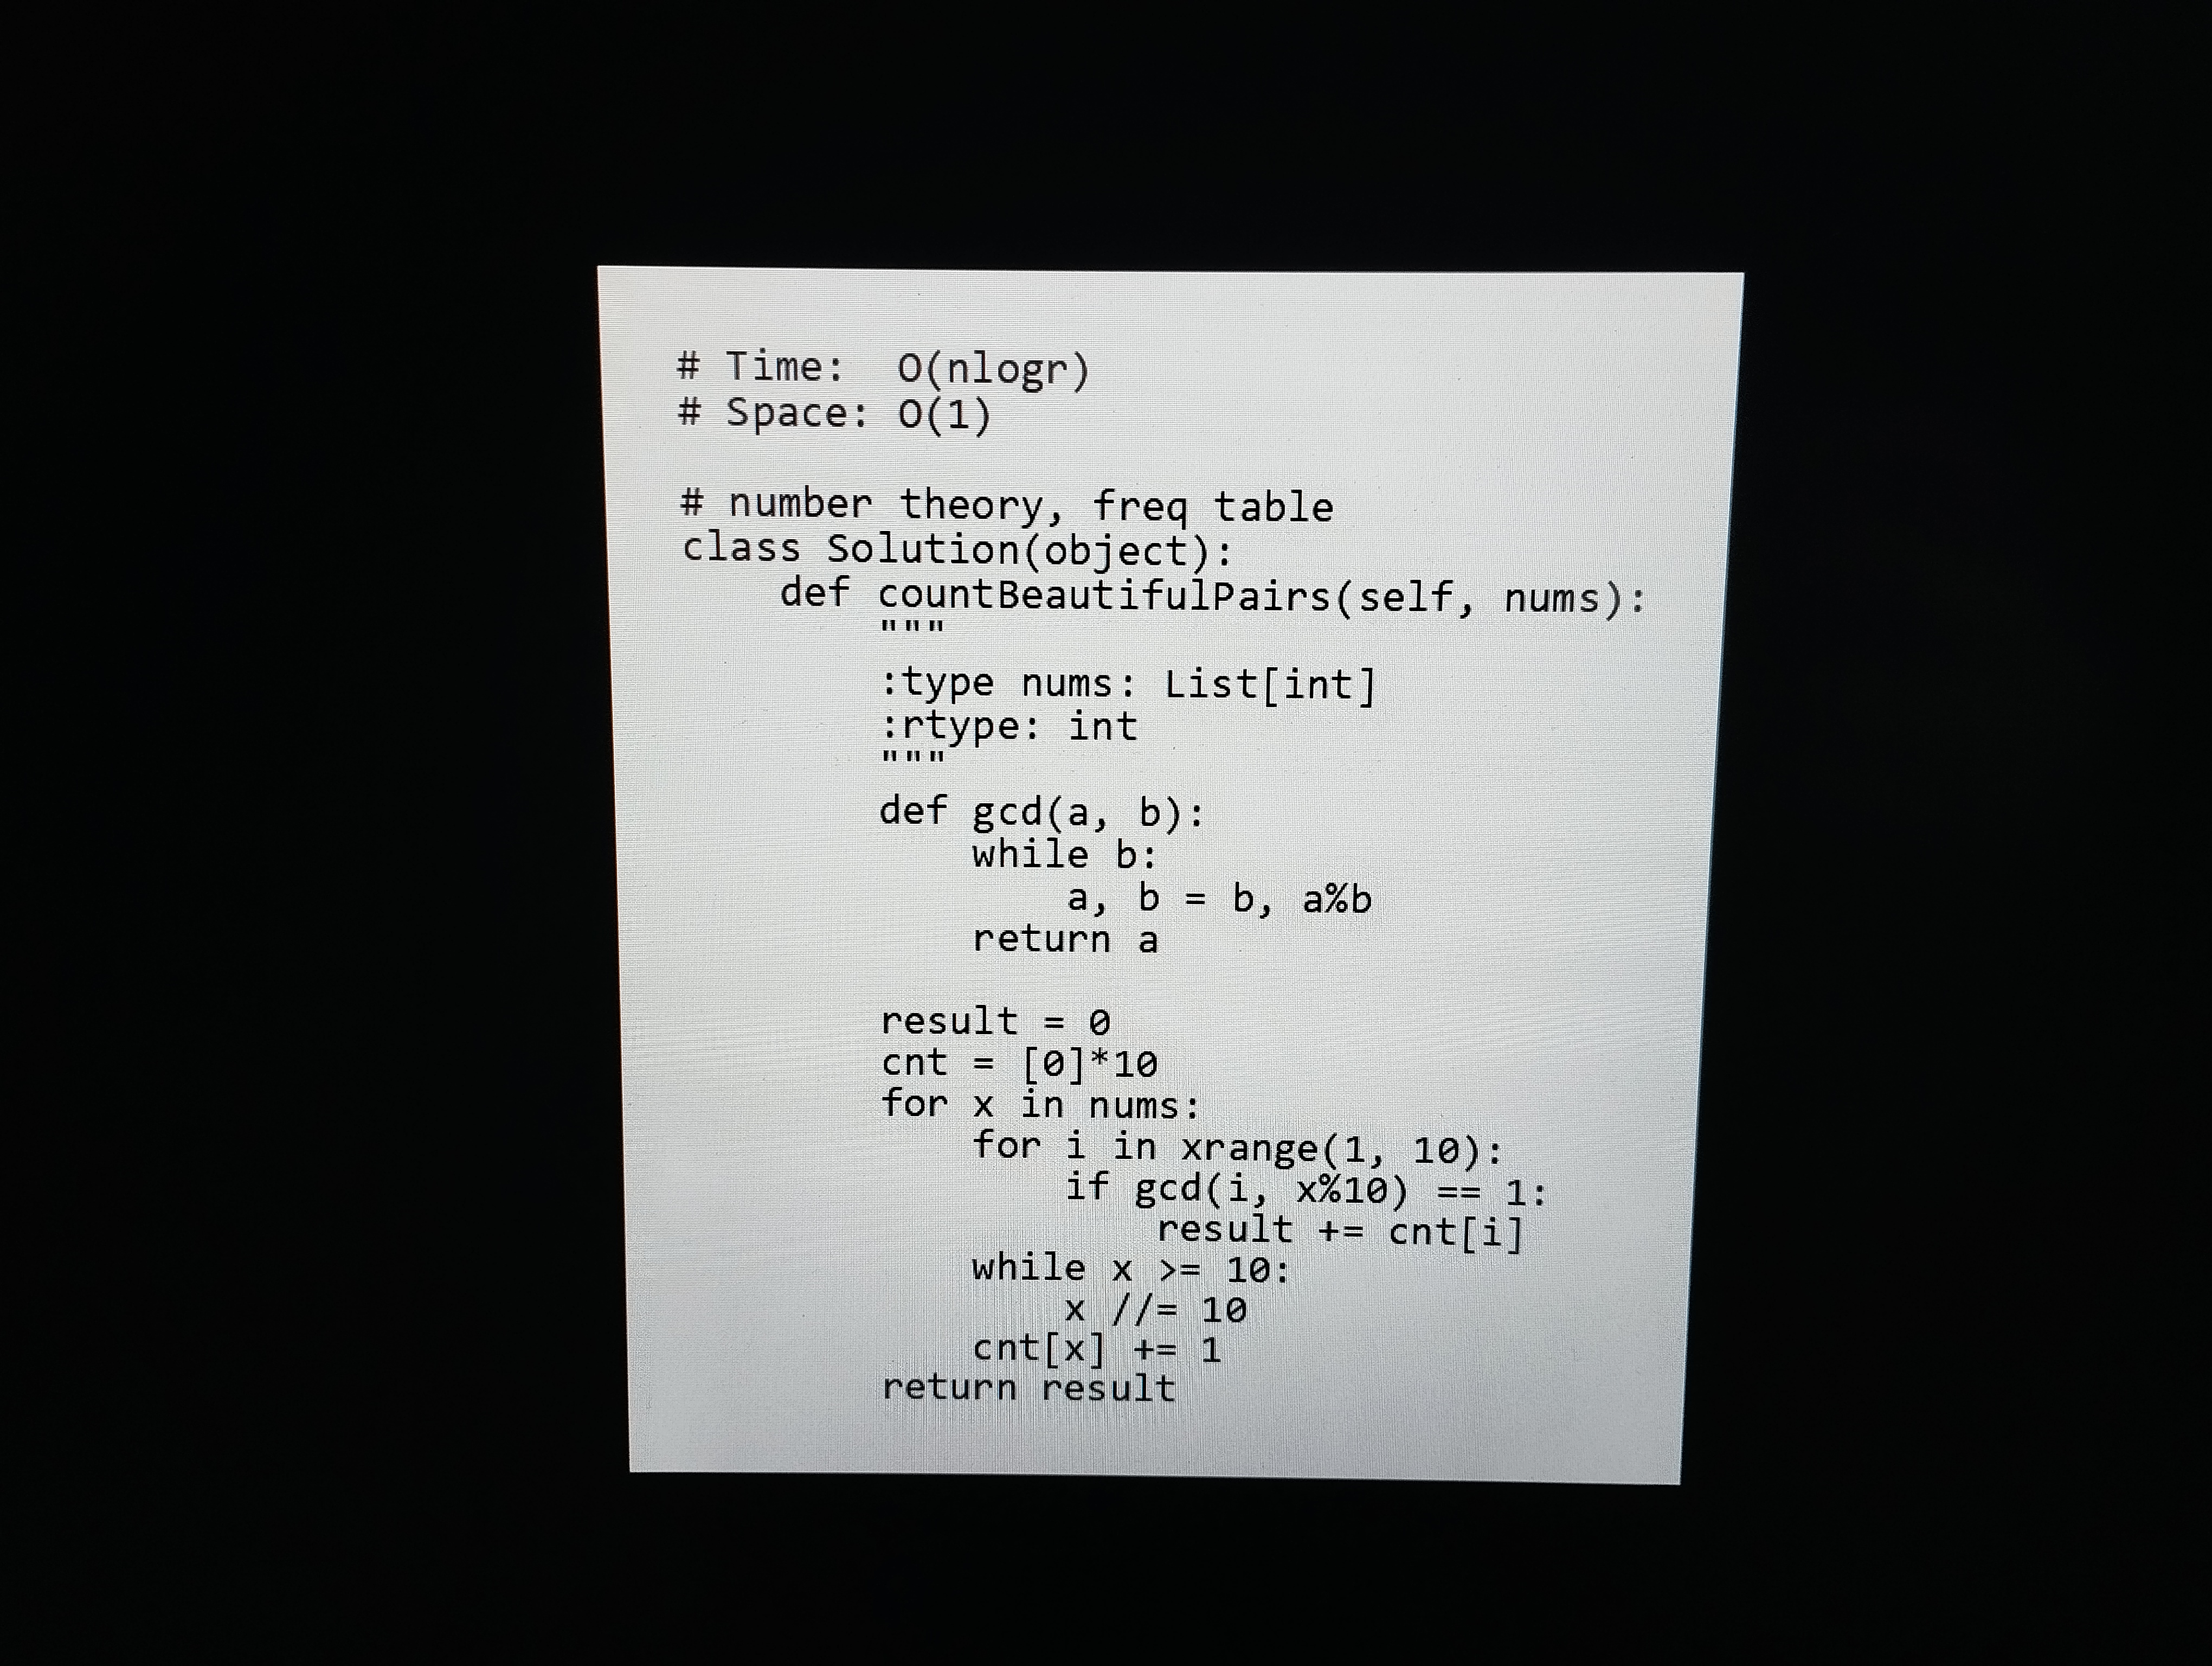
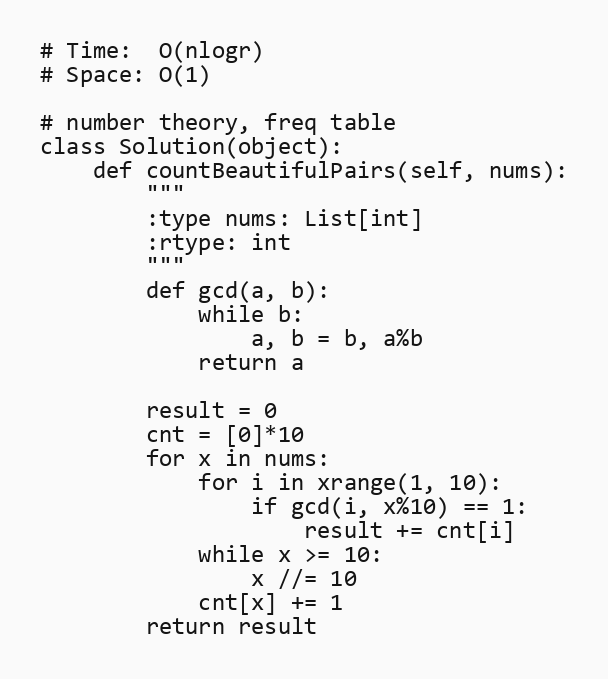
# Time:  O(nlogr)
# Space: O(1)

# number theory, freq table
class Solution(object):
    def countBeautifulPairs(self, nums):
        """
        :type nums: List[int]
        :rtype: int
        """
        def gcd(a, b):
            while b:
                a, b = b, a%b
            return a

        result = 0
        cnt = [0]*10
        for x in nums:
            for i in xrange(1, 10):
                if gcd(i, x%10) == 1:
                    result += cnt[i]
            while x >= 10:
                x //= 10
            cnt[x] += 1
        return result